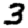
Digit: 3